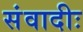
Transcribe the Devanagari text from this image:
संवादीः